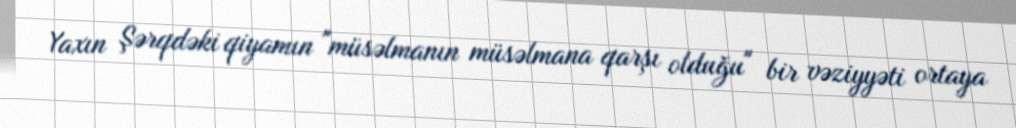
Yaxın Şərqdəki qiyamın "müsəlmanın müsəlmana qarşı olduğu" bir vəziyyəti ortaya